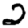
Digit: 2